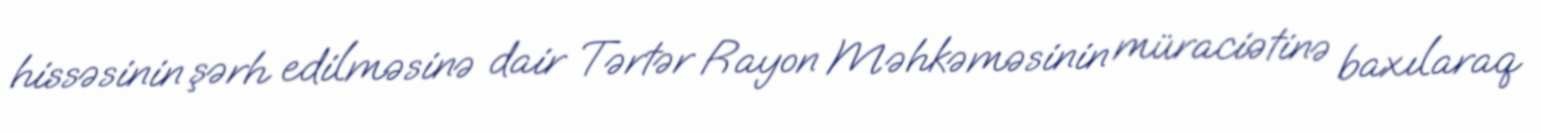
hissəsinin şərh edilməsinə dair Tərtər Rayon Məhkəməsinin müraciətinə baxılaraq